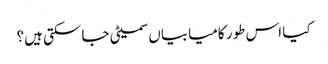
کیا اس طور کامیابیاں سمیٹی جاسکتی ہیں؟